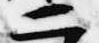
二